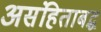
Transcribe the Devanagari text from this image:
असंहिताबद्ध